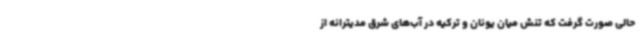
حالی صورت گرفت که تنش میان یونان و ترکیه در آب‌های شرق مدیترانه از